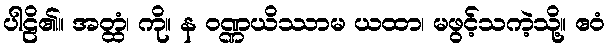
ပါဠိ၏။ အတ္ထံ၊ ကို။ န ဝဏ္ဏယိဿာမ ယထာ၊ မဖွင့်သကဲ့သို့။ ဧဝံ